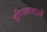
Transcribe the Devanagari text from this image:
हरिवल्लभाओं